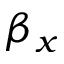
\beta _ { x }